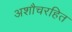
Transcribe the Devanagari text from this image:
अशौचरहित